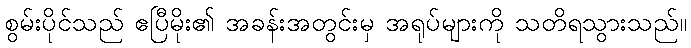
စွမ်းပိုင်သည် ဧပြီမိုး၏ အခန်းအတွင်းမှ အရုပ်များကို သတိရသွားသည်။